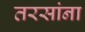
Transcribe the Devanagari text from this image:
तरसांना